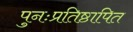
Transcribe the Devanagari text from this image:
पुनःप्रतिष्ठापित